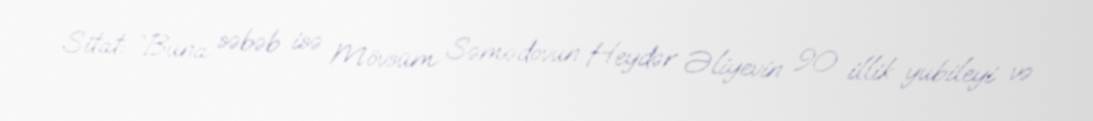
Sitat: “Buna səbəb isə Mövsüm Səmədovun Heydər Əliyevin 90 illik yubileyi və